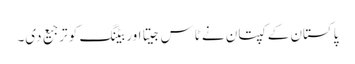
پاکستان کے کپتان نے ٹاس جیتا اور بیٹنگ کو ترجیع دی۔